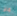
ماذا